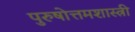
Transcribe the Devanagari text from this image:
पुरुषोत्तमशास्त्री